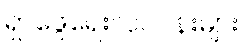
ရှာဖွေရေးလုပ်ငန်းများ